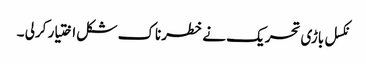
نکسل باڑی تحریک نے خطرناک شکل اختیار کرلی ۔